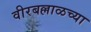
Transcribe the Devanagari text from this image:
वीरबल्लाळच्या